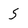
Character: 5